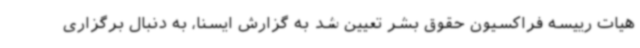
هیات رییسه فراکسیون حقوق بشر تعیین شد به گزارش ایسنا، به دنبال برگزاری